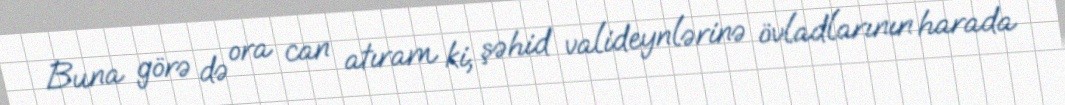
Buna görə də ora can atıram ki, şəhid valideynlərinə övladlarının harada